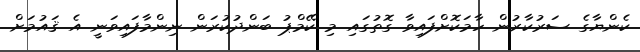
ކެންޔާގެ ސަރުކާރުން ހާމަކޮށްފައިވާ ގޮތުގައި މި ކޭމްޕު ބަންދުކުރަން ނިންމާފައިވަނީ އެ ޤައުމަށް